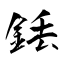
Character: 銩